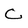
Character: C